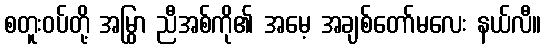
စတူးဝပ်တို့ အမြွှာ ညီအစ်ကို၏ အမေ့ အချစ်တော်မလေး နယ်လီ။